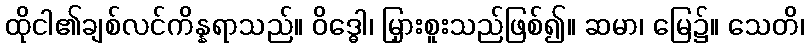
ထိုငါ၏ချစ်လင်ကိန္နရာသည်။ ဝိဒ္ဓေါ၊ မြှားစူးသည်ဖြစ်၍။ ဆမာ၊ မြေ၌။ သေတိ၊